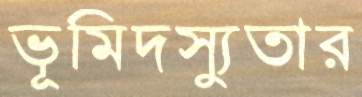
ভূমিদস্যুতার